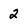
Character: 2